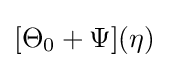
[\Theta _{0}+\Psi ](\eta )